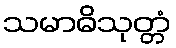
သမာဓိသုတ္တံ